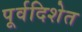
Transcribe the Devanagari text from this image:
पूर्वदिशेत